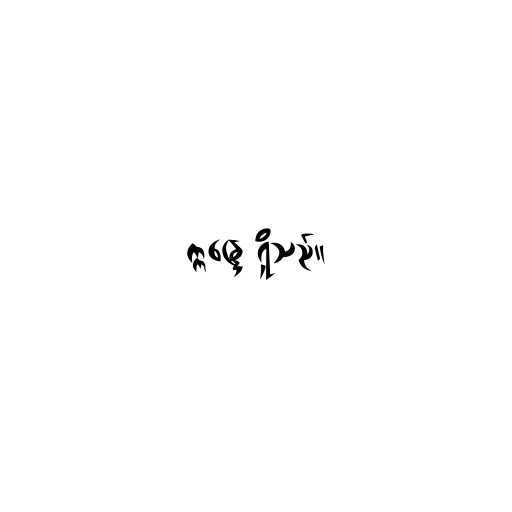
ဣန္ဒြေ ရှိသည်။